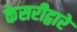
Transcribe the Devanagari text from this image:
केसरीद्वारे